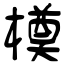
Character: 橂